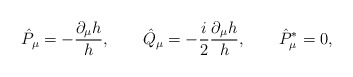
\begin{align*}\hat P_\mu = - {\partial_\mu h\over h}, \qquad \hat Q_\mu = -{i \over 2}{\partial_\mu h\over h}, \qquad \hat P^*_\mu =0,\end{align*}